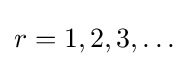
r=1,2,3,\dots